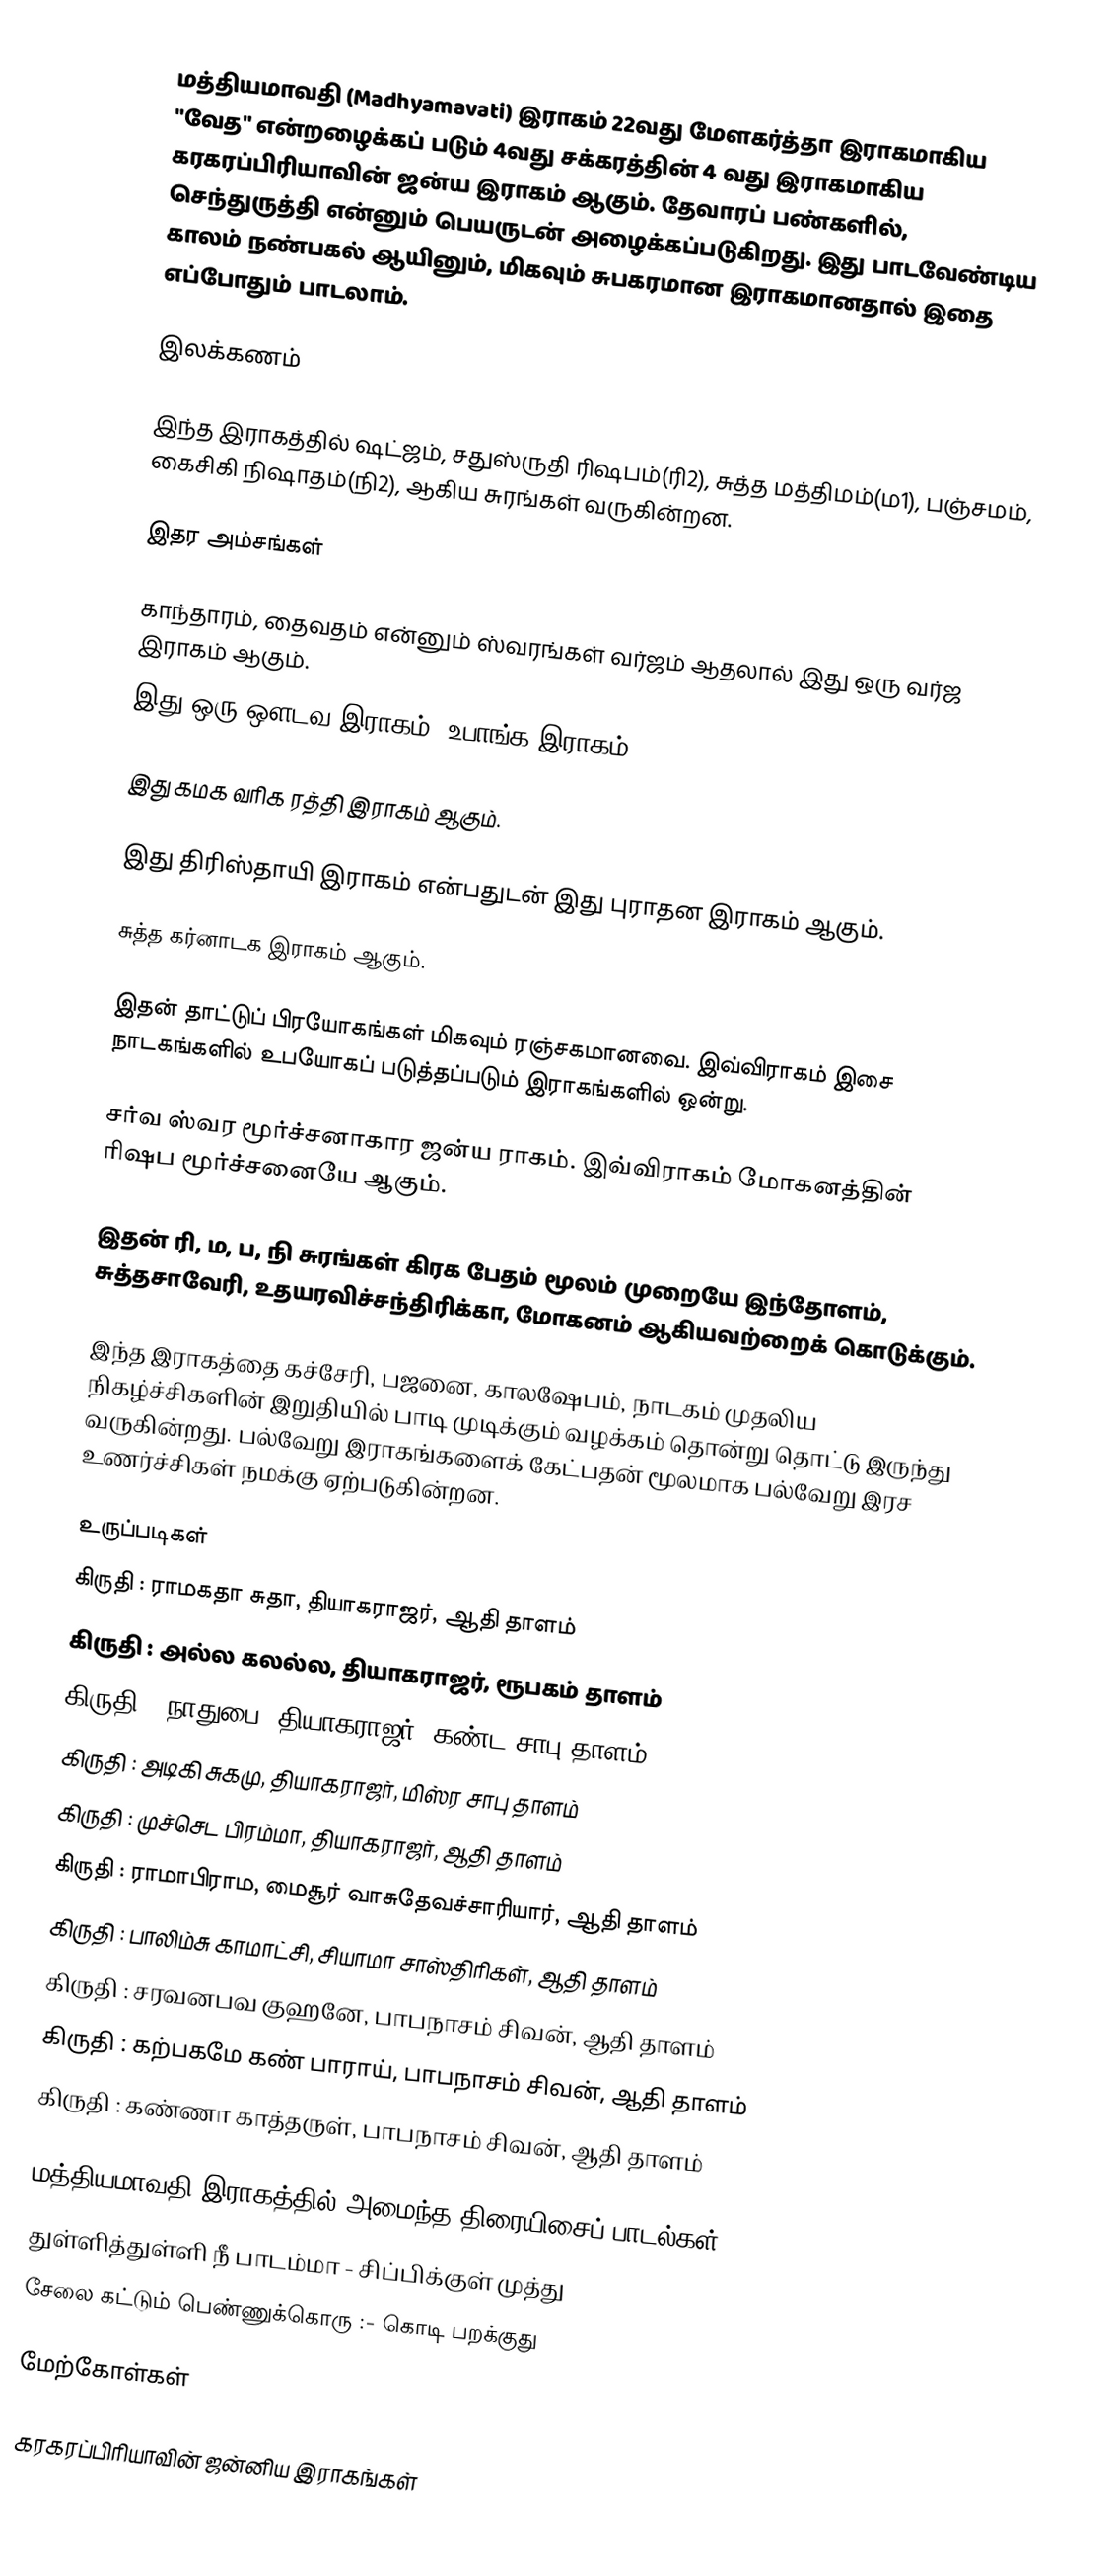
மத்தியமாவதி (Madhyamavati) இராகம் 22வது மேளகர்த்தா இராகமாகிய "வேத" என்றழைக்கப் படும் 4வது சக்கரத்தின் 4 வது இராகமாகிய கரகரப்பிரியாவின் ஜன்ய இராகம் ஆகும். தேவாரப் பண்களில், செந்துருத்தி என்னும் பெயருடன் அழைக்கப்படுகிறது.  இது பாடவேண்டிய காலம் நண்பகல் ஆயினும், மிகவும் சுபகரமான இராகமானதால் இதை எப்போதும் பாடலாம்.

இலக்கணம்

 இந்த இராகத்தில் ஷட்ஜம், சதுஸ்ருதி ரிஷபம்(ரி2), சுத்த மத்திமம்(ம1), பஞ்சமம், கைசிகி நிஷாதம்(நி2), ஆகிய சுரங்கள் வருகின்றன.

இதர அம்சங்கள்

 காந்தாரம், தைவதம் என்னும் ஸ்வரங்கள் வர்ஜம் ஆதலால் இது ஒரு வர்ஜ இராகம் ஆகும்.
 இது ஒரு ஔடவ இராகம். உபாங்க இராகம்.

 இது கமக வரிக ரத்தி இராகம் ஆகும்.

 இது திரிஸ்தாயி இராகம் என்பதுடன் இது புராதன இராகம் ஆகும்.

 சுத்த கர்னாடக இராகம் ஆகும்.

 இதன் தாட்டுப் பிரயோகங்கள் மிகவும் ரஞ்சகமானவை. இவ்விராகம் இசை நாடகங்களில் உபயோகப் படுத்தப்படும் இராகங்களில் ஒன்று.

 சர்வ ஸ்வர மூர்ச்சனாகார ஜன்ய ராகம். இவ்விராகம் மோகனத்தின் ரிஷப மூர்ச்சனையே ஆகும்.

 இதன் ரி, ம, ப, நி சுரங்கள் கிரக பேதம் மூலம் முறையே இந்தோளம், சுத்தசாவேரி, உதயரவிச்சந்திரிக்கா, மோகனம் ஆகியவற்றைக் கொடுக்கும்.

 இந்த இராகத்தை கச்சேரி, பஜனை, காலஷேபம், நாடகம் முதலிய நிகழ்ச்சிகளின் இறுதியில் பாடி முடிக்கும் வழக்கம் தொன்று தொட்டு இருந்து வருகின்றது. பல்வேறு இராகங்களைக் கேட்பதன் மூலமாக பல்வேறு இரச உணர்ச்சிகள் நமக்கு ஏற்படுகின்றன.

உருப்படிகள்
 கிருதி	: ராமகதா சுதா, தியாகராஜர், ஆதி தாளம்
 கிருதி	: அல்ல கலல்ல, தியாகராஜர், ரூபகம் தாளம்
 கிருதி	: நாதுபை, தியாகராஜர், கண்ட சாபு தாளம்
 கிருதி	: அடிகி சுகமு, தியாகராஜர், மிஸ்ர சாபு தாளம்
 கிருதி	: முச்செட பிரம்மா, தியாகராஜர், ஆதி தாளம்
 கிருதி	: ராமாபிராம, மைசூர் வாசுதேவச்சாரியார், ஆதி தாளம்
 கிருதி	: பாலிம்சு காமாட்சி, சியாமா சாஸ்திரிகள், ஆதி தாளம்
 கிருதி	: சரவனபவ குஹனே, பாபநாசம் சிவன், ஆதி தாளம்
 கிருதி	: கற்பகமே கண் பாராய், பாபநாசம் சிவன், ஆதி தாளம்
 கிருதி	: கண்ணா காத்தருள், பாபநாசம் சிவன், ஆதி தாளம்

மத்தியமாவதி இராகத்தில் அமைந்த திரையிசைப் பாடல்கள்
 துள்ளித்துள்ளி நீ பாடம்மா - சிப்பிக்குள் முத்து
 சேலை கட்டும் பெண்ணுக்கொரு :- கொடி பறக்குது

மேற்கோள்கள்

கரகரப்பிரியாவின் ஜன்னிய இராகங்கள்